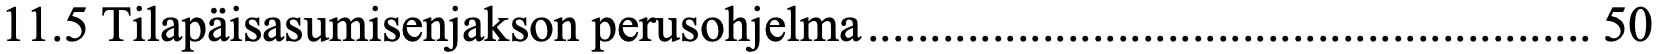
11.5 Tilapäisasumisenjakson perusohjelma .......................................................... 50